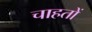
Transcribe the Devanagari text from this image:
चाहतों